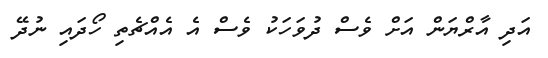
އަދި އާރްޔަން އަށް ވެސް ދުވަހަކު ވެސް އެ އެއްޗެތި ހޯދައި ނުދޭ